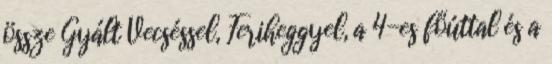
össze Gyált Vecséssel, Feriheggyel, a 4-es főúttal és a